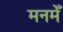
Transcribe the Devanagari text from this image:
मनमेँ